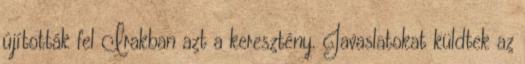
újították fel Irakban azt a keresztény. Javaslatokat küldtek az